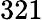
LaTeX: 321